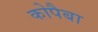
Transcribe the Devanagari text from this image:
कोपैबा